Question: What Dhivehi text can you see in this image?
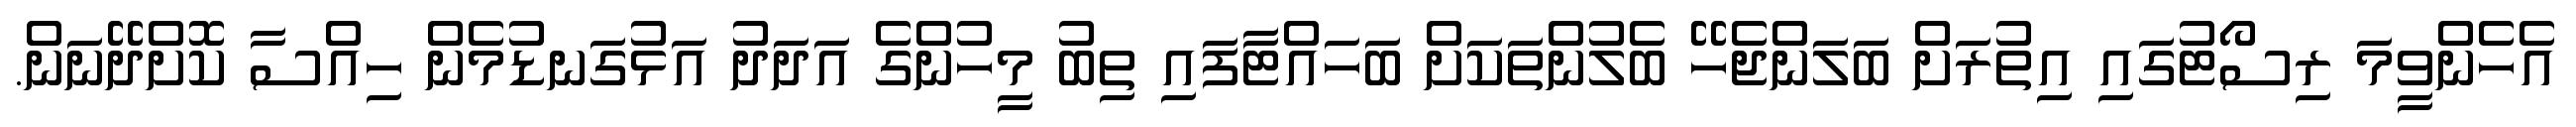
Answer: އެހެންވީމަ ރިސޯޓުގައި އިތުރަށް ބަލަންޖެހޭ ބެލުންތަކަށް ބަހައްޓާފައި ތިބު މީހުންގެ އަދަދު އަޅުގަނޑުމެން ހިއްސާ ކޮށްދޭނަން.